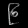
Digit: ၉